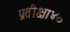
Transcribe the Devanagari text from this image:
प्रतीक्षा४०